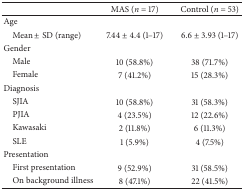
|  | MAS (n = 17) | Control (n = 53) |
 | --- | --- | --- |
 | Age |  |  |
 | Mean ± SD (range) | 7.44 ± 4.4 (1–17) | 6.6 ± 3.93 (1–17) |
 | Gender |  |  |
 | Male | 10 (58.8%) | 38 (71.7%) |
 | Female | 7 (41.2%) | 15 (28.3%) |
 | Diagnosis |  |  |
 | SJIA | 10 (58.8%) | 31 (58.3%) |
 | PJIA | 4 (23.5%) | 12 (22.6%) |
 | Kawasaki | 2 (11.8%) | 6 (11.3%) |
 | SLE | 1 (5.9%) | 4 (7.5%) |
 | Presentation |  |  |
 | First presentation | 9 (52.9%) | 31 (58.5%) |
 | On background illness | 8 (47.1%) | 22 (41.5%) |